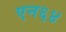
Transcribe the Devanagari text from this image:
एन६४